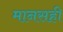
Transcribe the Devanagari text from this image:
मानसही